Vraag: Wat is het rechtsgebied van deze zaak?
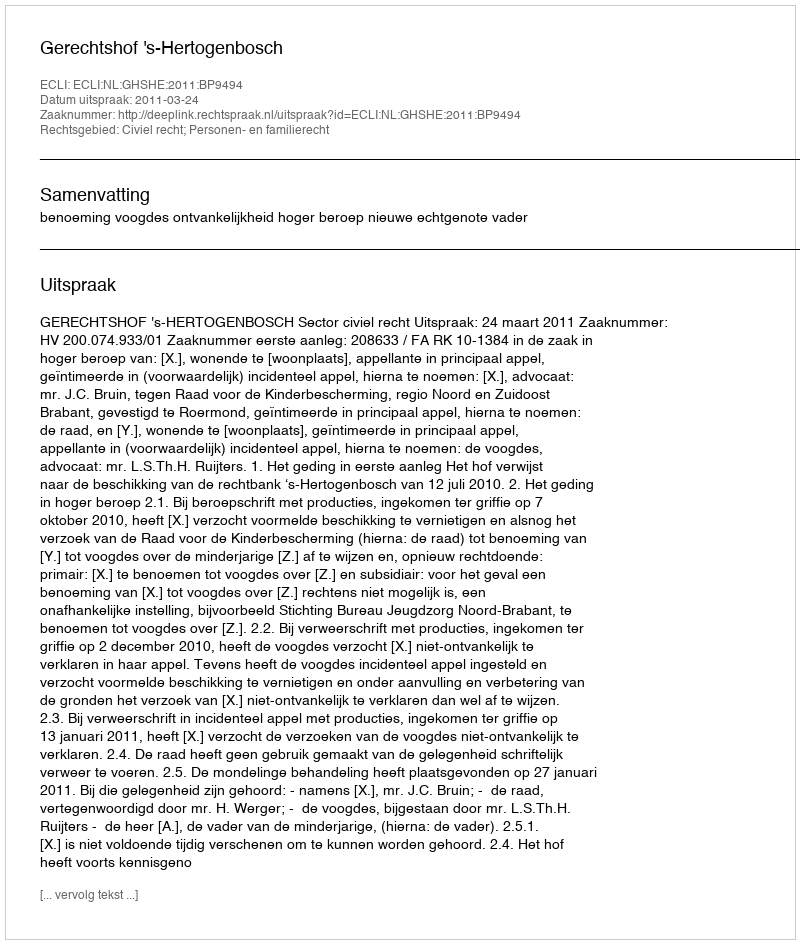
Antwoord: Civiel recht; Personen- en familierecht